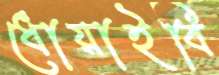
ধোয়াইবি